Code of medical and sanitary regulations for the guidance of medical officers serving in the Madras Presidency - Volume I
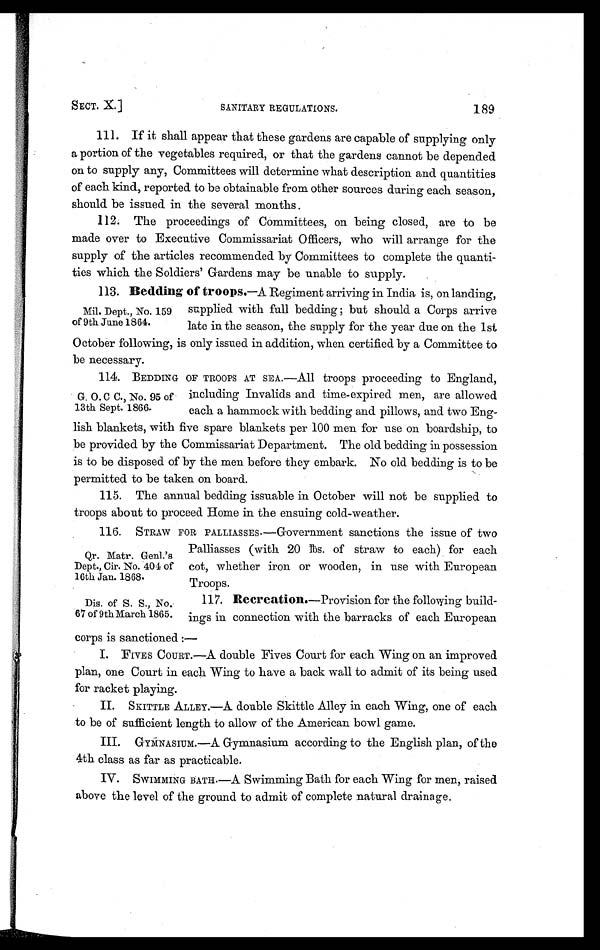
Qr. Matr. Genl.'s
Dept., Cir. No. 404 of
16th Jan. 1868.
Dis. of S. S., No.
67 of 9th March 1865.
SECT. X.] SANITARY REGULATIONS. 1 89
111. If it shall appear that these gardens are capable of supplying only
a portion of the vegetables required, or that the gardens cannot be depended
on to supply any, Committees will determine what description and quantities
of each kind, reported to be obtainable from other sources during each season,
should be issued in the several months.
112. The proceedings of Committees, on being closed, are to be
made over to Executive Commissariat Officers, who will arrange for the
supply of the articles recommended by Committees to complete the quanti-
ties which the Soldiers' Gardens may be unable to supply.
113. Bedding of troops.— A Regiment arriving in India is, on landing,
supplied with full bedding; but should a Corps arrive
late in the season, the supply for the year due on the 1st
October following, is only issued in addition, when certified by a Committee to
be necessary.
114. BEDDING OF TROOPS AT SEA.—All troops proceeding to England,
including Invalids and time-expired men, are allowed
each a hammock with bedding and pillows, and two Eng-
lish blankets, with five spare blankets per 100 men for use on boardship, to
be provided by the Commissariat Department. The old bedding in possession
is to be disposed of by the men before they embark. No old bedding is to be
permitted to be taken on board.
115. The annual bedding issuable in October will not be supplied to
troops about to proceed Home in the ensuing cold-weather.
116. STRAW FOR PALLIASSES.—Government sanctions the issue of two
Palliasses (with 20 lbs. of straw to each) for each
cot, whether iron or wooden, in use with European
Troops.
117. Recreation. —Provision for the following build-
ings in connection with the barracks of each European
corns is sanctioned :—
I. FIVES COURT.—A double Fives Court for each Wing on an improved
plan, one Court in each Wing to have a back wall to admit of its being used
for racket playing.
II. SKITTLE ALLEY.—A double Skittle Alley in each Wing, one of each
to be of sufficient length to allow of the American bowl game.
III. GYMNASIUM.—A Gymnasium according to the English plan, of the
4th class as far as practicable.
IV. SWIMMING BATH.—A Swimming Bath for each Wing for men, raised
above the level of the ground to admit of complete natural drainage.
Mil. Dept., No. 159
of 9th June 1864.
G. O. C C., No. 95 of
13th Sept. 1866.